Civil Veterinary Department. United Provinces 1932-42 - 1932-1942
Year: 1932
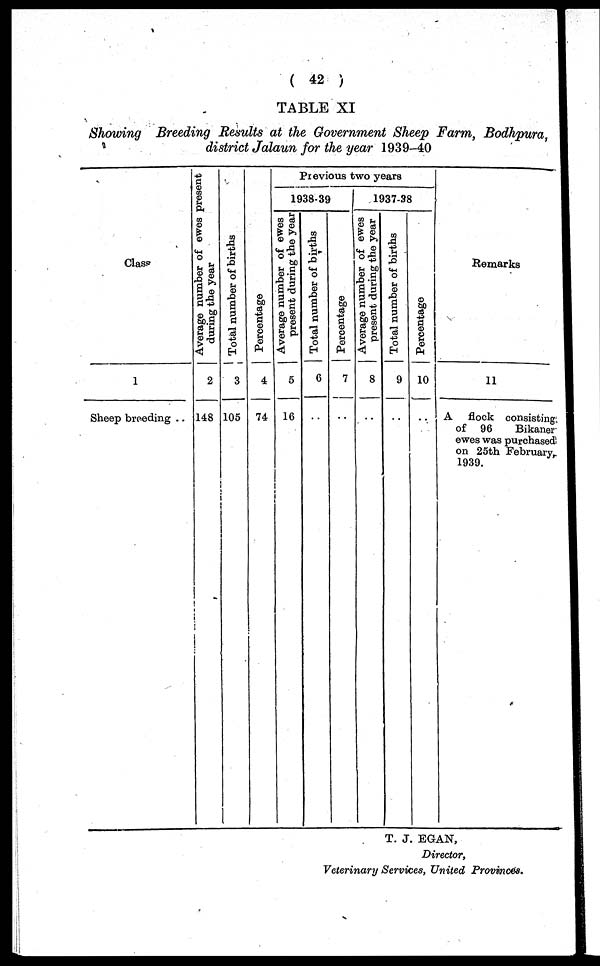
( 42 )
TABLE XI
Showing Breeding Results at the Government Sheep Farm, Bodhpura,
district Jalaun for the year 1939-40
Class
1
Sheep breeding ..
Average
number
of
ewes
present
during
the
year
2
148
Tot al number of births
3
105
Pe r
c e nt a ge
4
74
Previous two years
1938-39
Average number of ewes
present during the year
5
16
Total number of births
6
..
Percentage
7
..
1937-38
Average number of ewes
present during the year
8
..
Total number of births
9
..
Percentage
10
..
Remarks
11
A flock consisting.
of 96
Bikaner
ewes was purchased
on 25th February
1939.
T. J. EGAN,
Director,
Veterinary Services, United Provinces.